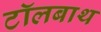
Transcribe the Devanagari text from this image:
टॉलबाथ